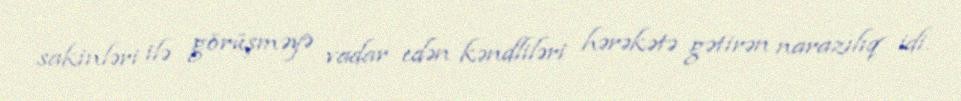
sakinləri ilə görüşməyə vadar edən kəndliləri hərəkətə gətirən narazılıq idi.